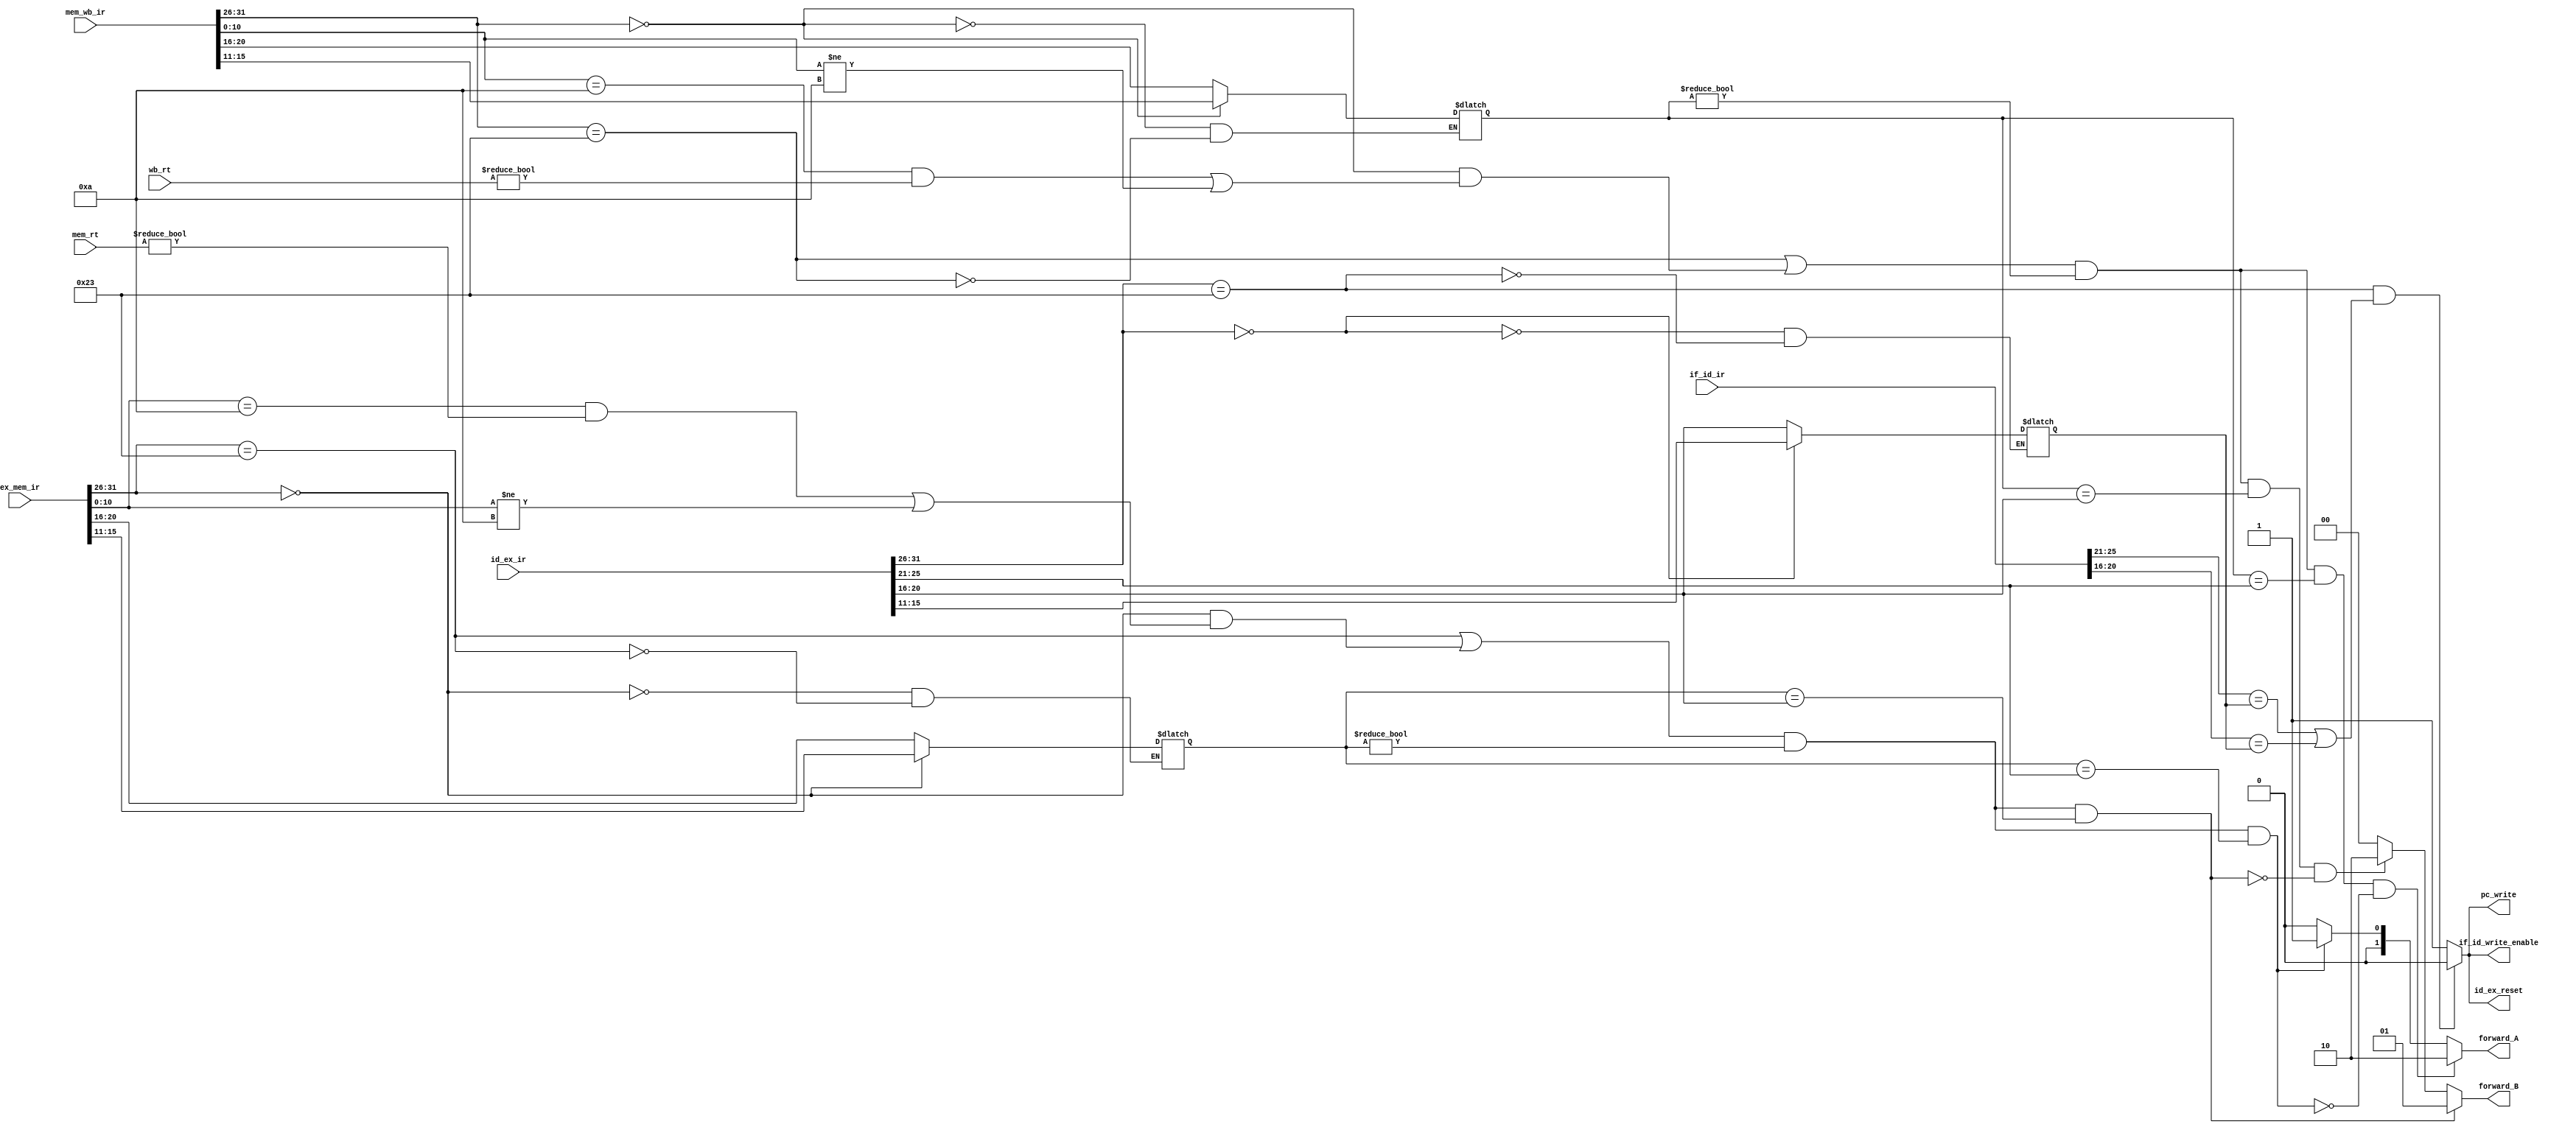
`timescale 1ns / 1ps

`define ALU 6'b000000
`define SW 6'b101011
`define LW 6'b100011

module hazard(
    input [31:0] if_id_ir,
    input [31:0] id_ex_ir,
    input [31:0] ex_mem_ir,
    input [31:0] mem_wb_ir,
    input [31:0] mem_rt,
    input [31:0] wb_rt,
    output reg pc_write,
    output reg if_id_write_enable,
    output reg id_ex_reset,
    output reg [1:0] forward_A,
    output reg [1:0] forward_B
    );
    reg [4:0] if_id_rs, if_id_rt, id_ex_rd, id_ex_rs, id_ex_rt, mem_rd, wb_rd;
    reg mem_reg_write, wb_reg_write;
    
    always @(*) begin
        pc_write <= 1'b1;
        if_id_write_enable <= 1'b1;
        id_ex_reset <= 1'b1;
        forward_A <= 2'b00;
        forward_B <= 2'b00;

        // if_id
        if_id_rs <= if_id_ir[25:21];
        if_id_rt <= if_id_ir[20:16];

        if (id_ex_ir[31:26] == `ALU) begin
            id_ex_rd <= id_ex_ir[15:11];
        end else if (id_ex_ir[31:26] == `LW) begin
            id_ex_rd <= id_ex_ir[20:16];
        end
        
        // 
        if (id_ex_ir[31:26] == `LW && ((if_id_rs == id_ex_rd) || (if_id_rt == id_ex_rd))) begin
            if_id_write_enable <= 1'b0;
            pc_write <= 1'b0;
            id_ex_reset <= 1'b0;
        end
        
        
        // 
        // movezrt = 0
        mem_reg_write <= (ex_mem_ir[31:26] == `LW) || ((ex_mem_ir[31:26] == `ALU) && ((ex_mem_ir[10:0] == 11'b00000_001010 && mem_rt != 32'h0) || (ex_mem_ir[10:0] != 11'b00000_001010)));
        wb_reg_write <= (mem_wb_ir[31:26] == `LW) || ((mem_wb_ir[31:26] == `ALU) && ((mem_wb_ir[10:0] == 11'b00000_001010 && wb_rt != 32'h0) || (mem_wb_ir[10:0] != 11'b00000_001010)));

        // ALU0
        if ((id_ex_ir[31:26] != `ALU) || (mem_reg_write == 1'b0) || (wb_reg_write == 1'b0)) begin
            forward_A <= 2'b00;
            forward_B <= 2'b00;
        end

        // 
        id_ex_rs <= id_ex_ir[25:21];
        id_ex_rt <= id_ex_ir[20:16];

        // mem
        if (ex_mem_ir[31:26] == `ALU) begin
            mem_rd <= ex_mem_ir[15:11];
        end else if (ex_mem_ir[31:26] == `LW) begin
            mem_rd <= ex_mem_ir[20:16];
        end
        
        // wb
        if (mem_wb_ir[31:26] == `ALU) begin
            wb_rd <= mem_wb_ir[15:11];
        end else if (mem_wb_ir[31:26] == `LW) begin
            wb_rd <= mem_wb_ir[20:16];
        end
        
        // A
        if (mem_reg_write && (mem_rd != 5'h0) && (mem_rd == id_ex_rs)) begin
            forward_A <= 2'b01;
        end
        if (wb_reg_write && (wb_rd != 5'h0) && (wb_rd == id_ex_rs) && !(mem_reg_write && (mem_rd != 5'h0) && (mem_rd == id_ex_rs))) begin
            forward_A <= 2'b10;
        end
        
        // B
        if (wb_reg_write && (wb_rd != 5'h0) && (wb_rd == id_ex_rt) && !(mem_reg_write && (mem_rd != 5'h0) && (mem_rd == id_ex_rt))) begin
            forward_B <= 2'b10;
        end
        if (mem_reg_write && (mem_rd != 5'h0) && (mem_rd == id_ex_rt)) begin
            forward_B <= 2'b01;
        end

        
    end
endmodule